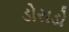
ડોરાડો